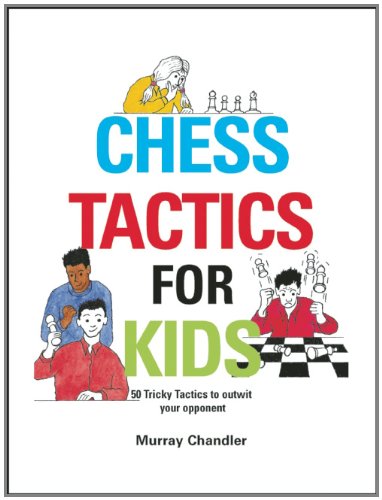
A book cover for Chess Tactics for Kids; Murray Chandler; Humor & Entertainment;